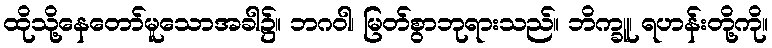
ထိုသို့နေတော်မူသောအခါ၌။ ဘဂဝါ၊ မြတ်စွာဘုရားသည်။ ဘိက္ခူ၊ ရဟန်းတို့ကို။